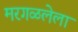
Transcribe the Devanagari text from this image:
मरगळलेला